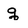
Character: q